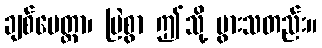
ချစ်မေတ္တာ၊ မြဲစွာ ဤသို့ ပွားသတည်း။